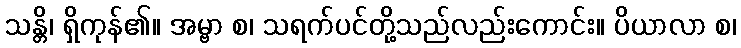
သန္တိ၊ ရှိကုန်၏။ အမ္ဗာ စ၊ သရက်ပင်တို့သည်လည်းကောင်း။ ပိယာလာ စ၊